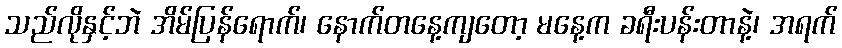
သည်လိုနှင့်ဘဲ အိမ်ပြန်ရောက်၊ နောက်တနေ့ကျတော့ မနေ့က ခရီးပန်းတာနဲ့၊ အရက်